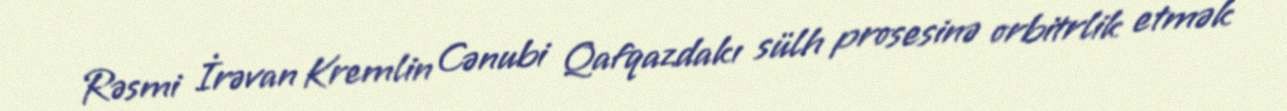
Rəsmi İrəvan Kremlin Cənubi Qafqazdakı sülh prosesinə orbitrlik etmək